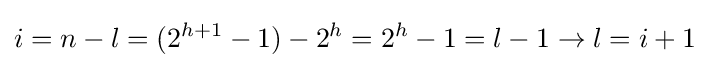
i=n-l=(2^{h+1}-1)-2^{h}=2^{h}-1=l-1\to l=i+1